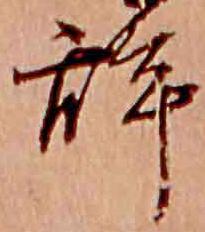
辞